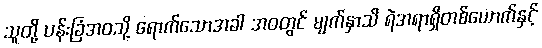
သူတို့ ပန်းခြံအဝသို့ ရောက်သောအခါ အဝတွင် မျက်နှာသိ ရဲအရာရှိတစ်ယောက်နှင့်